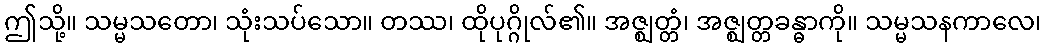
ဤသို့။ သမ္မသတော၊ သုံးသပ်သော။ တဿ၊ ထိုပုဂ္ဂိုလ်၏။ အဇ္ဈတ္တံ၊ အဇ္ဈတ္တခန္ဓာကို။ သမ္မသနကာလေ၊